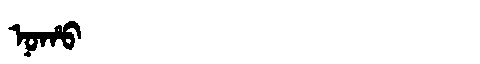
Manchu: ᠨᠣᡥᠣ
Romanization: NOHO